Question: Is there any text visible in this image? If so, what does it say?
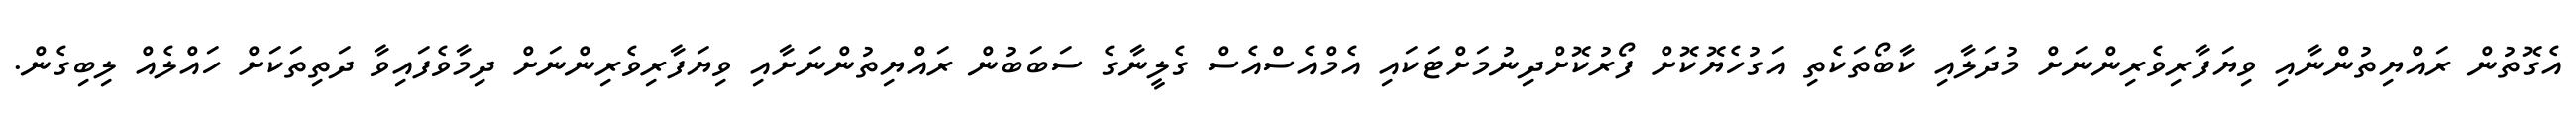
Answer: އެގޮތުން ރައްޔިތުންނާއި ވިޔަފާރިވެރިންނަށް މުދަލާއި ކާބޯތަކެތި އަގުހެޔޮކޮށް ފޯރުކޮށްދިނުމަށްޓަކައި އެމްއެސްއެސް ގެލީނާގެ ސަބަބުން ރައްޔިތުންނަށާއި ވިޔަފާރިވެރިންނަށް ދިމާވެފައިވާ ދަތިތަކަށް ހައްލެއް ލިބިގެން.